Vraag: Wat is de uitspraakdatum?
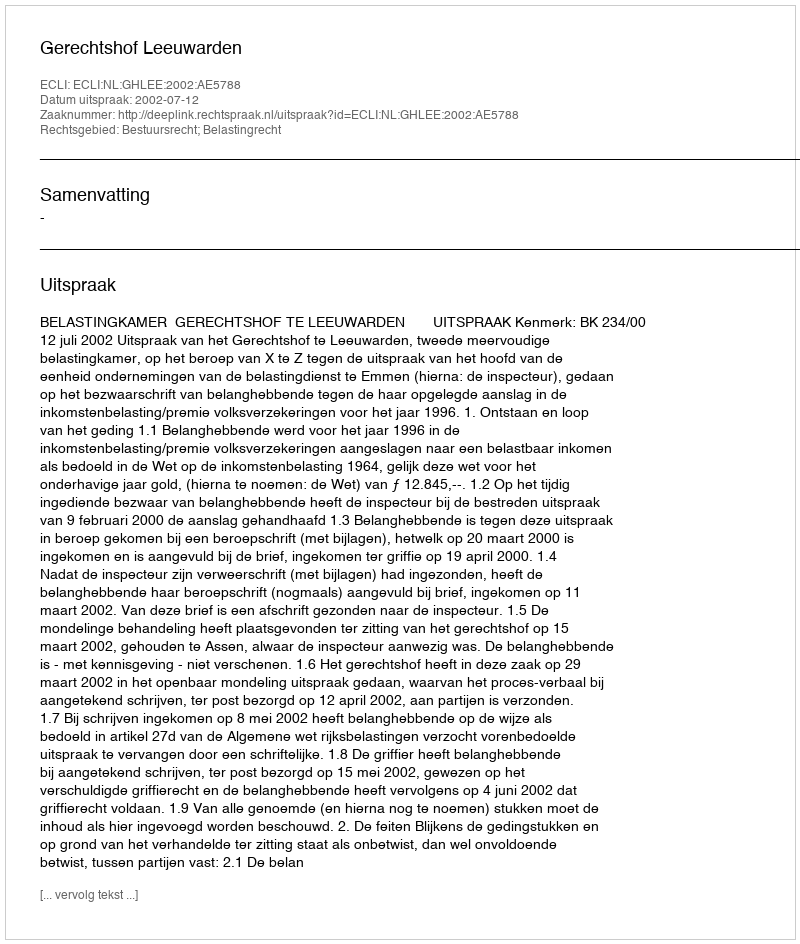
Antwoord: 2002-07-12